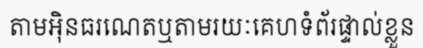
តាមអ៊ិនធរណេតឬតាមរយៈគេហទំព័រផ្ទាល់ខ្លួន